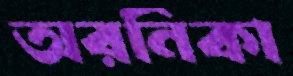
অরনিকা